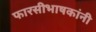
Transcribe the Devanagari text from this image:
फारसीभाषकांनी